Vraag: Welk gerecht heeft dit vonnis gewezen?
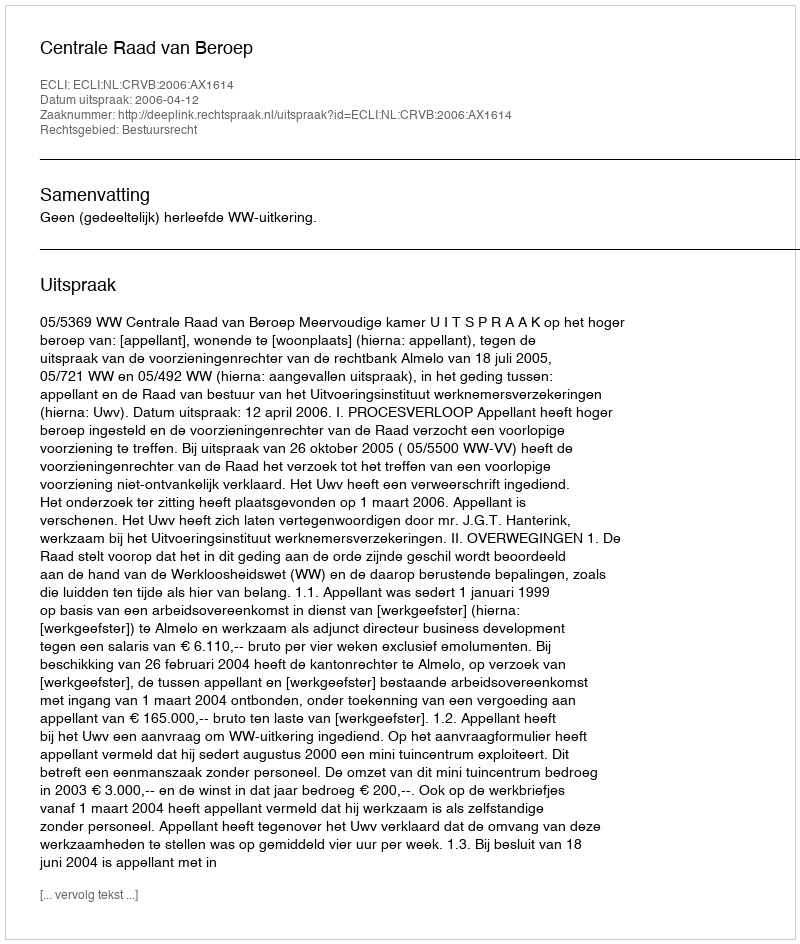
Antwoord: Centrale Raad van Beroep